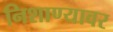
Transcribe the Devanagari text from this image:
निशाण्यावर